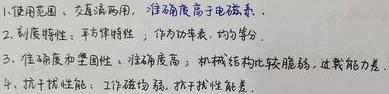
1. 使用范围、交直流两用，准确度高于电磁系。
2. 刻度特性：平方律特性，作为功率表，均匀等分。
3. 准确度和坚固性：准确度高，机械结构比较脆弱，过载能力